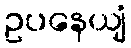
ဥပနေယျံ